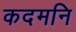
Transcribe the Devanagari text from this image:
कदमनि